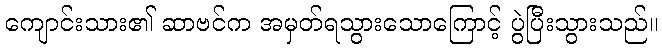
ကျောင်းသား၏ ဆာဗင်က အမှတ်ရသွားသောကြောင့် ပွဲပြီးသွားသည်။